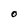
Character: O